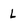
Character: L